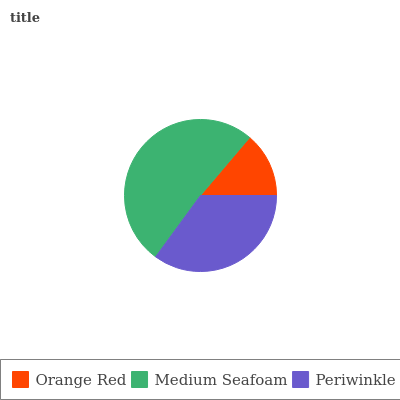
| Orange Red | Medium Seafoam | Periwinkle |
 | --- | --- | --- |
 | 13.8% | 51.1% | 35% |